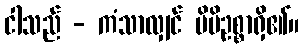
ငါသည် - ကံသာလျှင် မိမိဥစ္စာရှိ၏။